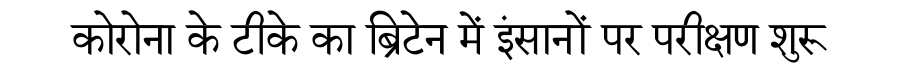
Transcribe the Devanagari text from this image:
कोरोना के टीके का ब्रिटेन में इंसानों पर परीक्षण शुरू